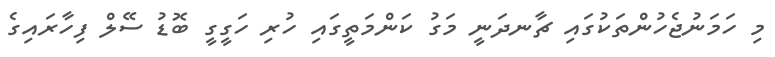
މި ހަމަނުޖެހުންތަކުގައި ޗާނދަނީ މަގު ކަންމަތީގައި ހުރި ހަގީގީ ބޮޑު ސޭލް ފިހާރައިގެ